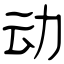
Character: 动